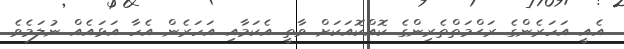
އެއީ އަހަރެންގެ ރަޙްމަތްތެރިންގެ ކޮއްކޮއަކަށް ވާތީ އެކަމާއި އަހަރެން އެހާ އަޅައެއް ނުލަމެވެ.